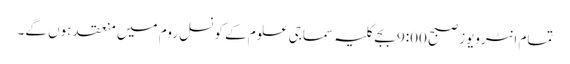
تمام انٹرویوز صبح 9:00 بجے کلیہ سماجی علوم کے کونسل روم میں منعقد ہوں گے۔